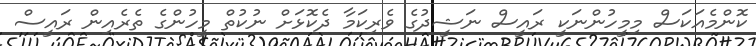
ކޮންމެއަކަސް މިމީހުންނަކީ ރައީސް ނަޝީދުގެ ވެރިކަމާ ދެކޮޅަށް ނުކުތް މީހުންގެ ތެރެއިން ރައީސް